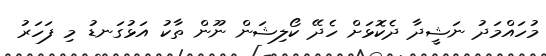
މުހައްމަދު ނަޝީދާ ދެކޮޅަށް ހެދޭ ކޯލިޝަން ނޫން ތާކު އަޅުގަނޑު މި ފަހަރު